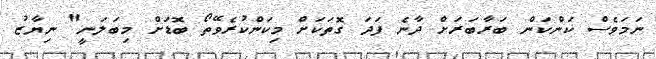
ނަމަވެސް ކަންކަން ބަރާބަރަށް ދާނެ ފަދަ ގޮތަކަށް މިކަންކުރެވޭތޯ ބޮޑަށް މިބަލަނީ" ނިޔާޒު